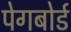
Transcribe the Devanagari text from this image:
पेगबोर्ड